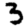
Digit: 3